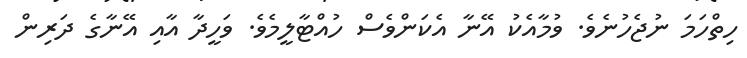
ހިތްހަމަ ނުޖެހުނެވެ. ވުމާއެކު އޭނާ އެކަންވެސް ހުއްޓާލީމެވެ. ވަހީދާ އާއި އޭނާގެ ދަރިން